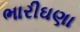
ભારીઘણા